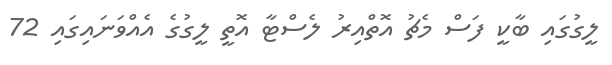
ލީގުގައި ބާކީ ފަސް މެޗު އޮތްއިރު ލެސްޓާ އޮތީ ލީގުގެ އެއްވަނައިގައި 72